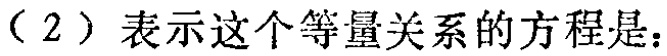
（2）表示这个等量关系的方程是：